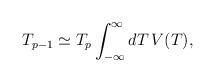
LaTeX: \begin{align*}T_{p-1}\simeq T_{p}\int^{\infty}_{-\infty}dT\, V(T),\end{align*}